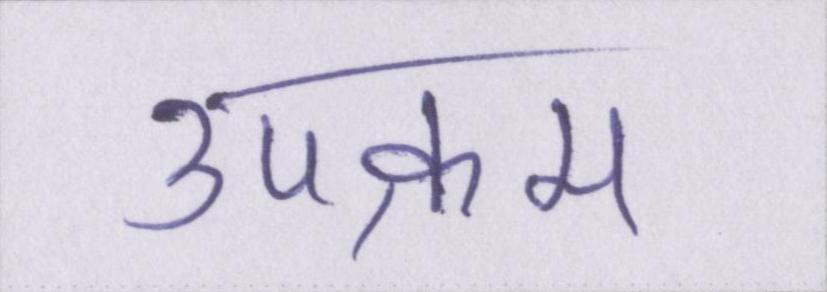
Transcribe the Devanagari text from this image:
उपक्रम